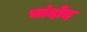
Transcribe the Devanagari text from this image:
चांदोद